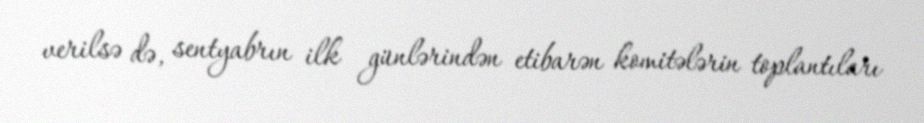
verilsə də, sentyabrın ilk günlərindən etibarən komitələrin toplantıları